Annual report of the Bengal Veterinary College and of the Civil Veterinary Department, Bengal, for the year 1899-1900 - 1899-1900
Year: 1899
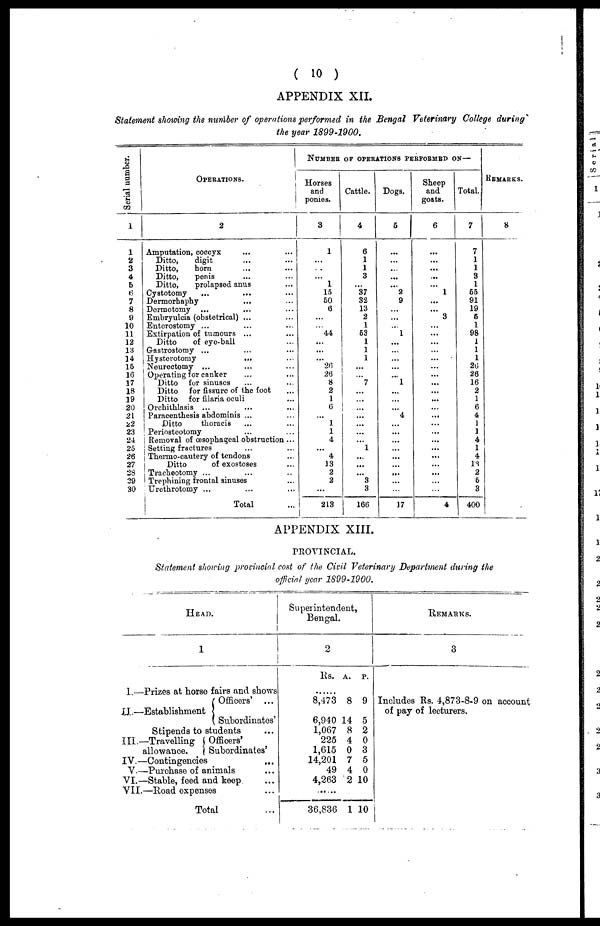
( 10 )
APPENDIX XII.
Statement showing the number of operations performed in the Bengal Veterinary College during
the year 1899-1900.
Serial number.
1
1
2
3
4
5
6
7
8
9
10
11
12
13
14
15
16
17
18
19
20
21
22
23
24
25
26
27
28
29
30
Operations.
2
Amputation, coccyx ... ...
Ditto,
digit ... ...
Ditto,
horn ... ...
Ditto,
penis ... ...
Ditto,
prolapsed anus ...
Cystotomy
... ... ...
Dermorhaphy ... ...
Dermotomy ... ... ...
Embryulcia (obstetrical) ... ...
Enterostomy ... ... ...
Extirpation of tumours ... ...
Ditto
of eye-ball
Gastrostomy ... ... ...
Hysterotomy ... ...
Neurectomy ... ... ...
Operating for canker ... ...
Ditto
for sinuses ... ...
Ditto
for fissure of the foot ...
Ditto
for filaria oculi ...
Orchithlasis ... ... ...
Paracentesis abdominis ... ...
Ditto
thoracis ... ...
Periosteotomy ... ...
| Removal of œsophageal obstruction ...
Setting fractures ... ...
Thermo-cautery of tendons ...
Ditto
of exostoses ...
Tracheotomy ... ... ...
Trephining frontal sinuses ...
Urethrotomy ... ... ...
Total ...
Number of operations performed on—
Horses
and
ponies.
3
1
...
...
...
1
15
50
8
...
...
44
...
...
...
20
26
8
2
1
6
...
1
1
4
...
4
13
2
2
...
213
Cattle.
4
6
1
1
3
...
37
32
13
2
1
53
1
1
1
...
...
7
...
...
...
...
...
...
...
1
...
...
...
3
3
166
Dogs.
5
...
...
...
...
...
2
9
...
...
...
1
...
...
...
...
...
1
...
...
...
4
...
...
...
...
...
...
...
...
...
17
Sheep
and
goats.
6
...
...
...
...
...
1
...
...
3
...
...
...
...
...
...
...
...
...
...
...
...
...
...
...
...
...
...
...
...
...
4
Total.
7
7
1
1
3
1
55
91
19
6
1
98
1
1
1
26
26
16
2
1
6
4
1
1
4
1
4
13
2
5
3
400
Remarks.
8
APPENDIX XIII.
PEOVINCIAL,
Statement showing provincial cost of the Civil Veterinary Department during the
official year 1899-1900.
Head.
1
I.—Prizes at horse fairs and shows
Officers' ...
II.—Establishment
Subordinates'
Stipends to students ...
III.—Travelling
Officers'
allowance.
Subordinates'
IV.—Contingencies ...
V.— Purchase of animals ...
VI.—Stable, feed and keep ...
VII.—Road expenses ...
Total ...
Superintendent,
Bengal.
2
Rs. a. p.
......
8,473 8 9
6,940 14 5
1,067 8 2
225 4 0
1,615 0 3
14,201 7 5
49 4 0
4,263 2 10
36,836 1 10
Remarks.
3
Includes Rs. 4,873-8-9 on account
of pay of lecturers.